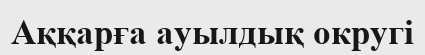
Аққарға ауылдық округі